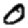
Digit: 0